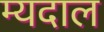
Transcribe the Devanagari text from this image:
म्यदाल